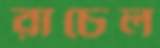
রাচেল